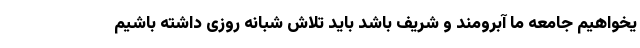
یخواهیم جامعه ما آبرومند و شریف باشد باید تلاش شبانه روزی داشته باشیم